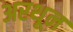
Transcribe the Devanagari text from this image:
अरथून